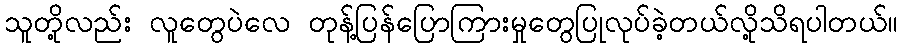
သူတို့လည်း လူတွေပဲလေ တုန့်ပြန်ပြောကြားမှုတွေပြုလုပ်ခဲ့တယ်လို့သိရပါတယ်။